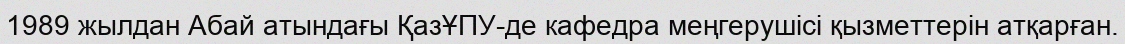
1989 жылдан Абай атындағы ҚазҰПУ-де кафедра меңгерушісі қызметтерін атқарған.